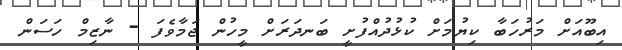
އިބޫއަށް މަރުހަބާ ކިޔުމަށް ކުޅުދުއްފުށީ ބަނދަރަށް މީހުން ޖަމާވެފަ - ނާޒިމް ހަސަން